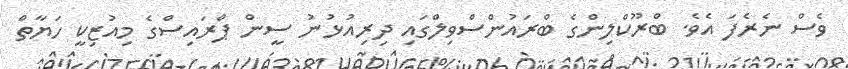
ވެސް ނެރެފަ އެވެ. ބްރޫކްލިންގެ ބްރައުންސްވިލްގައި ދިރިއުޅުނު ސީން ޕްރައިސްގެ މިއުޒިކީ ހަޔާތް